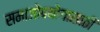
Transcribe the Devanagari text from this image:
समाजोपयोगासाठी